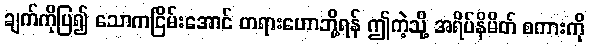
ချက်ကိုပြ၍ သောကငြိမ်းအောင် တရားဟောဘို့ရန် ဤကဲ့သို့ အရိပ်နိမိတ် စကားကို